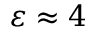
\varepsilon \approx 4